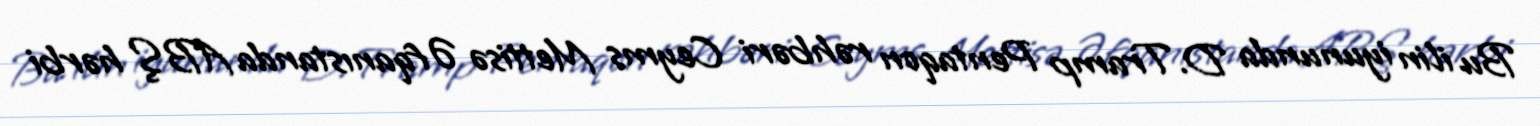
Bu ilin iyununda D.Tramp Pentaqon rəhbəri Ceyms Mettisə Əfqanıstanda ABŞ hərbi